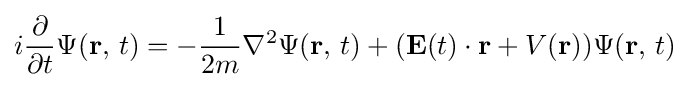
i{\frac {\partial }{\partial t}}\Psi (\mathbf {r} ,\,t)=-{\frac {1}{2m}}\nabla ^{2}\Psi (\mathbf {r} ,\,t)+(\mathbf {E} (t)\cdot \mathbf {r} +V(\mathbf {r} ))\Psi (\mathbf {r} ,\,t)